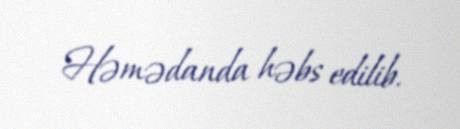
Həmədanda həbs edilib.